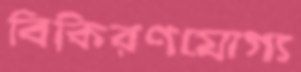
বিকিরণযোগ্য